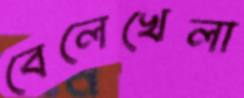
বেলেখেলা